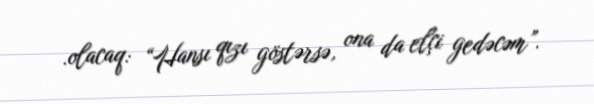
.olacaq: “Hansı qızı göstərsə, ona da elçi gedəcəm”.